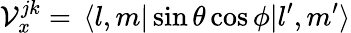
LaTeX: \mathcal V_{x}^{jk}=\, \langle l,m|\sin\theta\cos\phi|l^{\prime},m^{\prime}\rangle